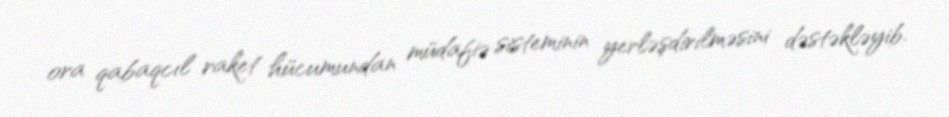
ora qabaqcıl raket hücumundan müdafiə sisteminin yerləşdirilməsini dəstəkləyib.